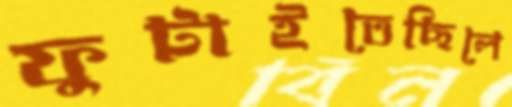
ফুটাইতেছিলে